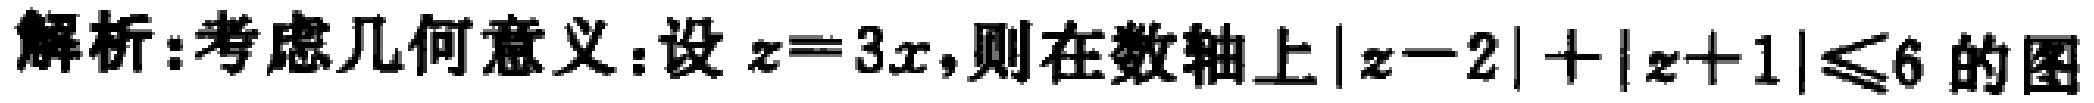
解析:考虑几何意义:设\(z = 3x\),则在数轴上\(\vert z - 2\vert+\vert z + 1\vert\leqslant6\)的图